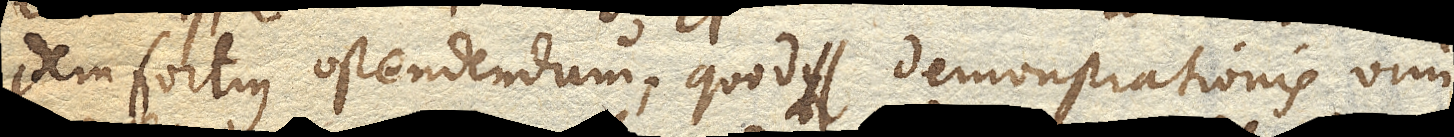
idem fortius ostendendum; quod demonstrationis vim